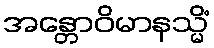
အန္တောဝိမာနသ္မိံ